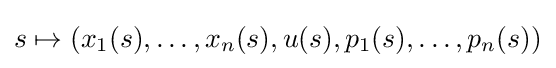
s\mapsto (x_{1}(s),\dots ,x_{n}(s),u(s),p_{1}(s),\dots ,p_{n}(s))